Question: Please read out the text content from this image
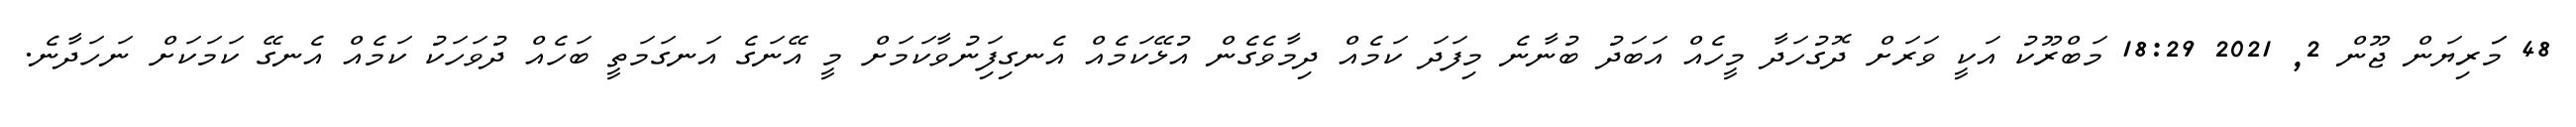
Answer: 48 މަަރިޔަން ޖޫން 2, 2021 18:29 މަބްރޫކު އަކީ ވަރަށް ދޮގުހަދާ މީހެއް އަބަދު ބުނާނެ މިފަދަ ކަމެއް ދިމާވެގެން އުޅޭކަމެއް އެނގިފަިނުވާކަމަށް މީ އޭނަގެ އަނގަމަތީ ބަހެއް ދުވަހަކު ކަމެއް އެނގޭ ކަމަކަށް ނަހަދާނެ.